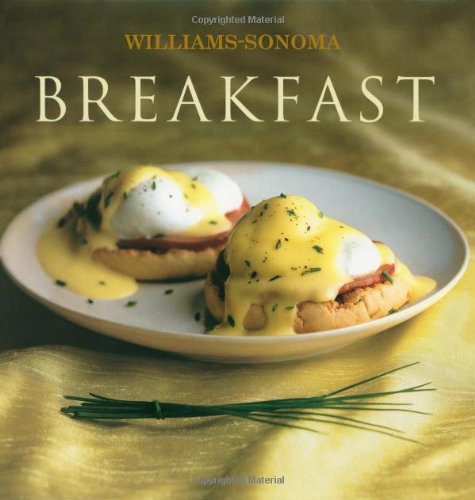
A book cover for Breakfast (Williams-Sonoma Collection  N.Y.); Cookbooks, Food & Wine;